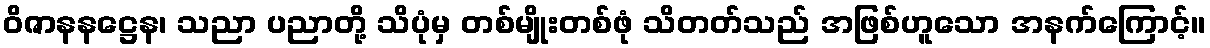
ဝိဇာနနဋ္ဌေန၊ သညာ ပညာတို့ သိပုံမှ တစ်မျိုးတစ်ဖုံ သိတတ်သည် အဖြစ်ဟူသော အနက်ကြောင့်။